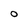
Character: O